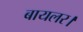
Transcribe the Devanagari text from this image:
बायलर।